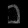
Digit: ၈